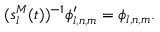
( s _ { l } ^ { M } ( t ) ) ^ { - 1 } \phi _ { l , n , m } ^ { \prime } = \phi _ { l , n , m } .